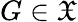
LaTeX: G\in{\mathfrak{X}}